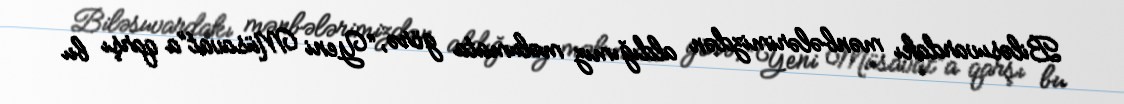
Biləsuvardakı mənbələrimizdən aldığımız məlumata görə, “Yeni Müsavat”a qarşı bu